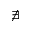
\nexists